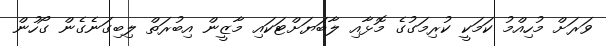
ވަރަށް މުހިއްމު ކަމަކީ ކުރިމަގުގެ މޮޅާއި ލާބަޔަށްޓަކައި މާޒީން އިބުރަތް ލިބިގަނެގެން ގޯހުން